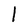
Character: l